Venemaal_asunud_Eesti_seltside_dokumendid, lk 25
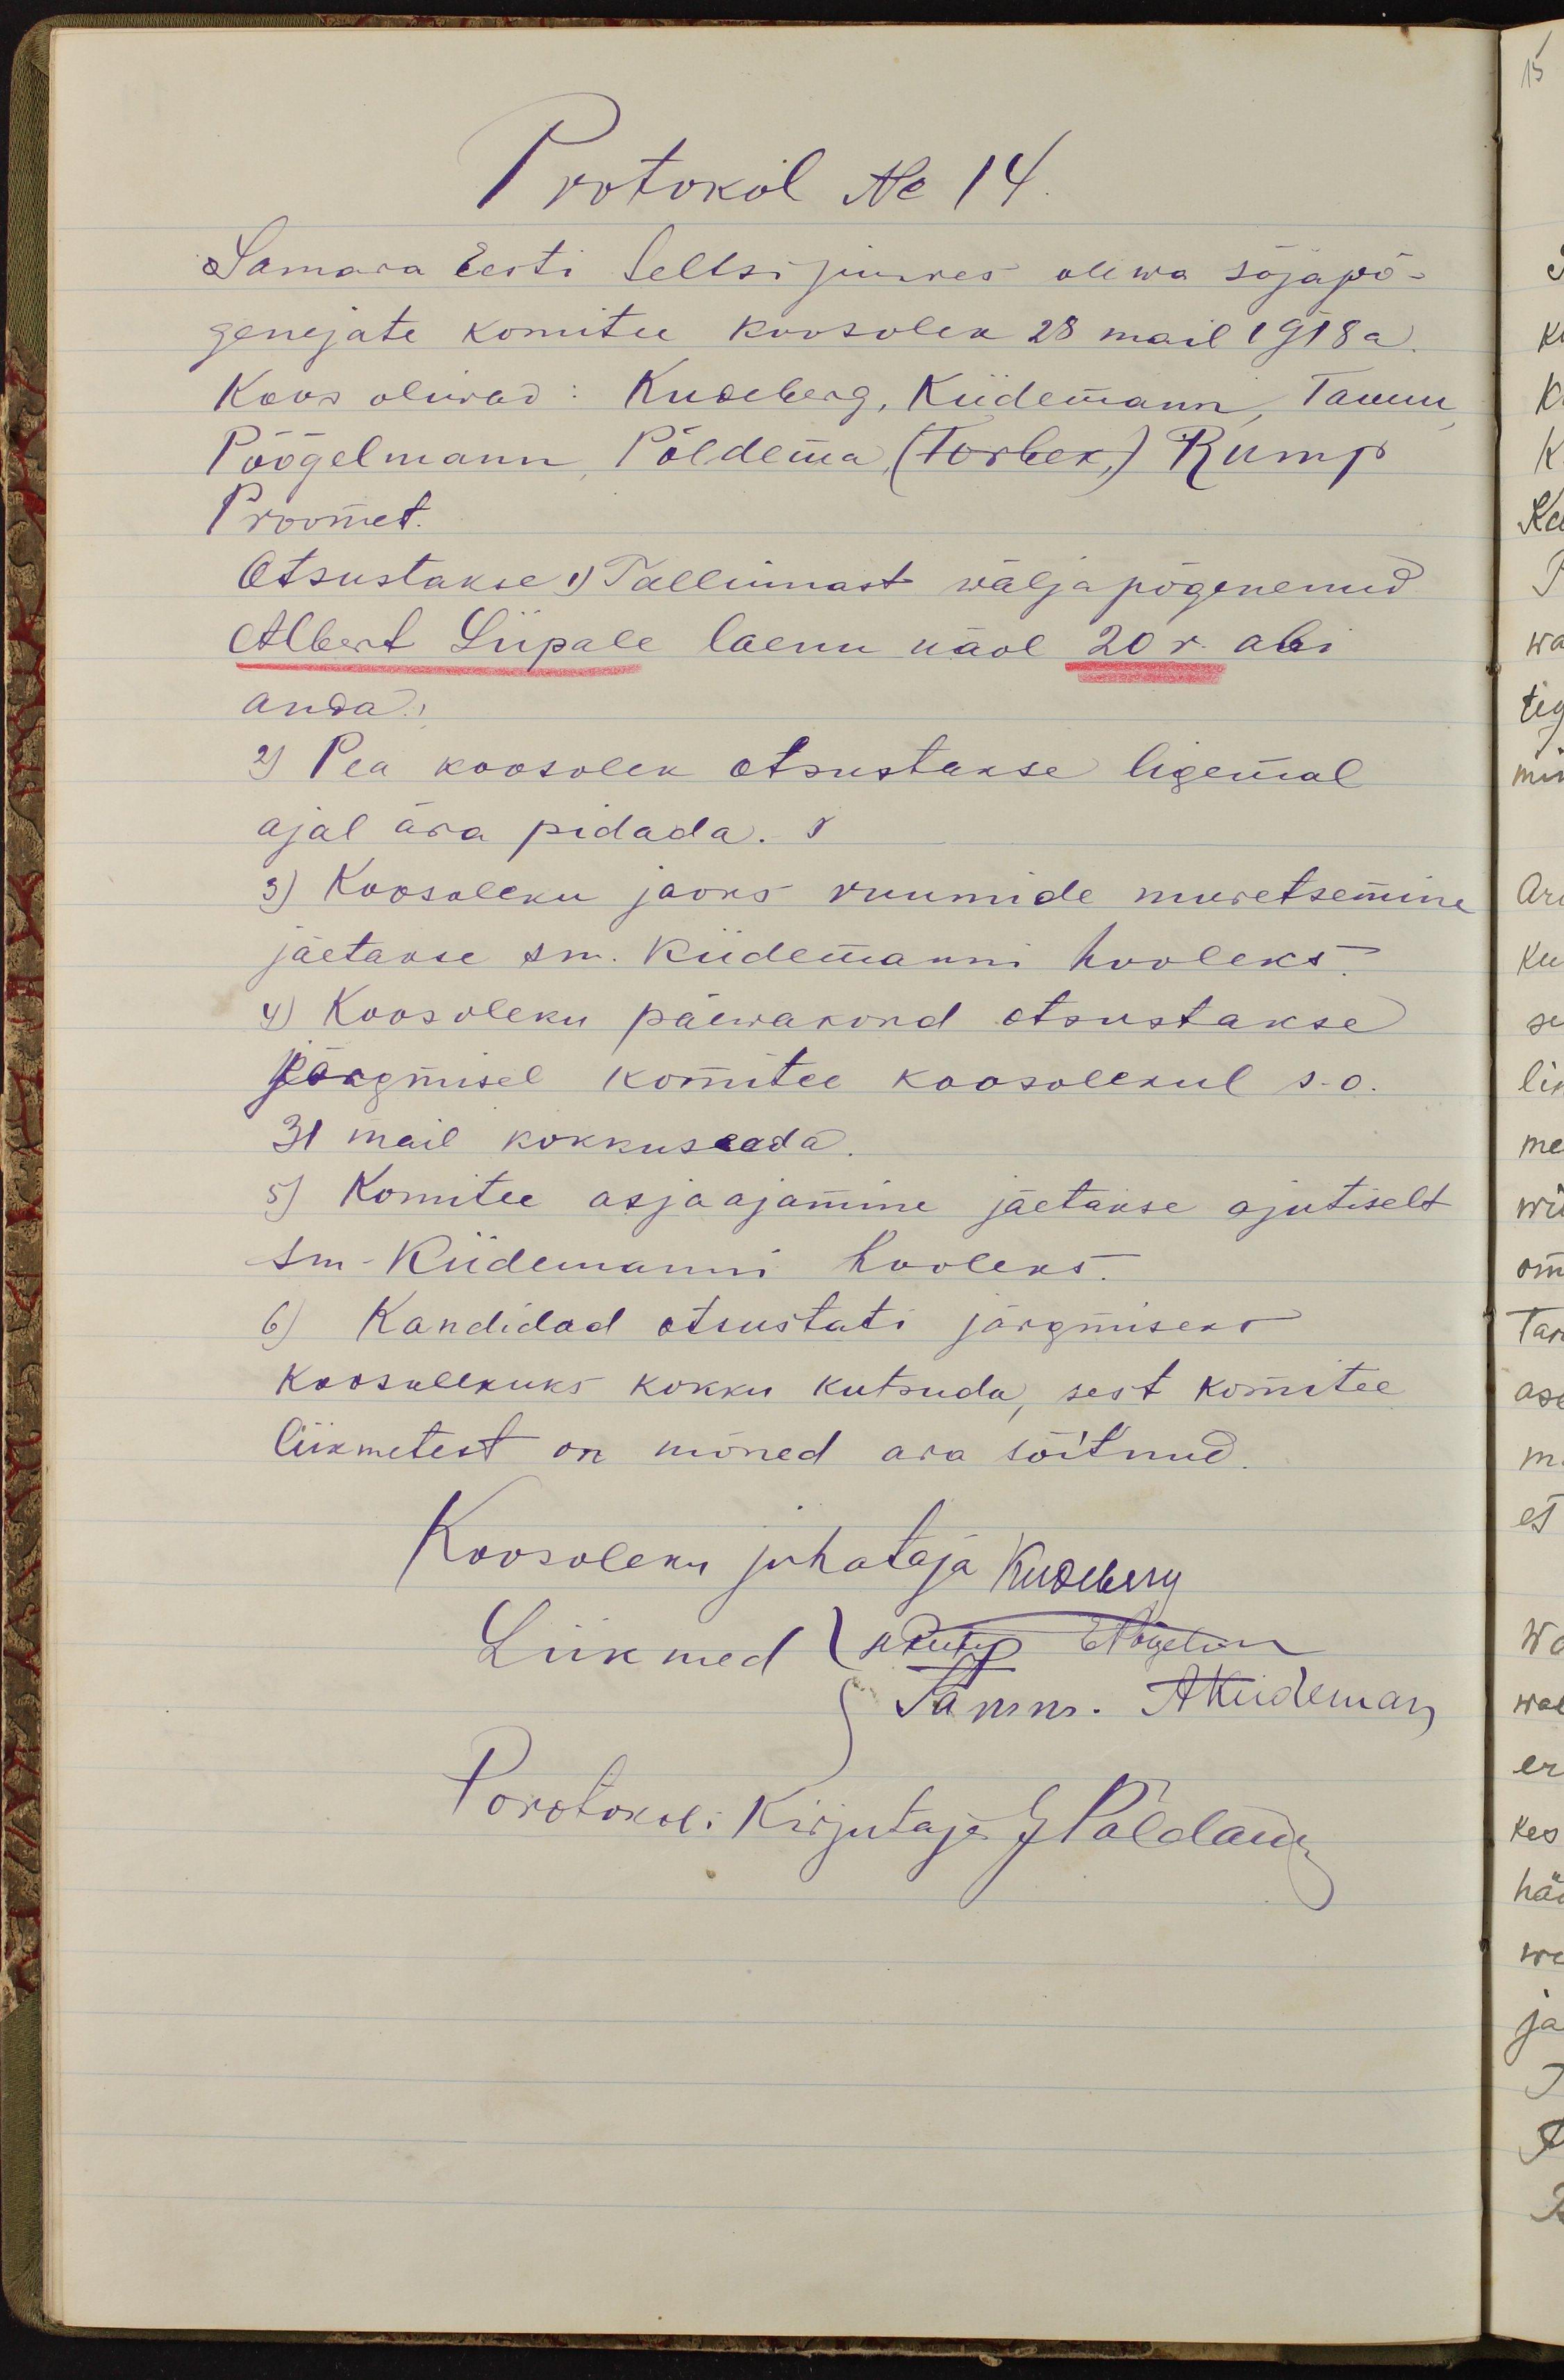
Protokol No 14.
Samara Eesti Seltsi juures olewa sõjapõ-
genejate komitee koosolek 28 mail 1918 a.
Koos oliwad: Kudeberg, Kiidemann, Tamm,
Põõgelmann, Põldema, (Torbek) Rump
Proomet.
Otsustakse 1) Tallinnast wäljapõgenenud
Albert Liipale laenu näol 20 r. abi
anda.
2) Pea koosolek otsustakse ligemal
ajal ära pidada. r
3) Koosoleku jaoks ruumide muretsemine
jäetakse sm. Kiidemanni hooleks.
4) Koosoleku päewakord otsustakse
Järgmisel komitee koosolekul s.o.
31 mail kokkuseada.
5) Komitee asjaajamine jäetakse ajutiselt
sm-Kiidemanni hooleks.
6) Kandidad otsustati järgmiseks
koosolekuks kokku kutsuda, sest komitee
liikmetest on mõned ära sõitnud.
Koosoleku juhataja Kudeberg
Liikmed kohtule Nõpetan
§ Samm. Akudemar
Protokolli Kirjutaja G Paldand

15